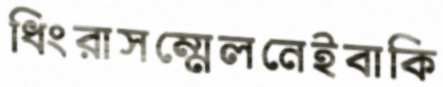
ধিংরাসম্মেলনেইবাকি